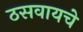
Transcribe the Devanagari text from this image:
ठसवायचे